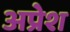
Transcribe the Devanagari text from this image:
अप्रेश